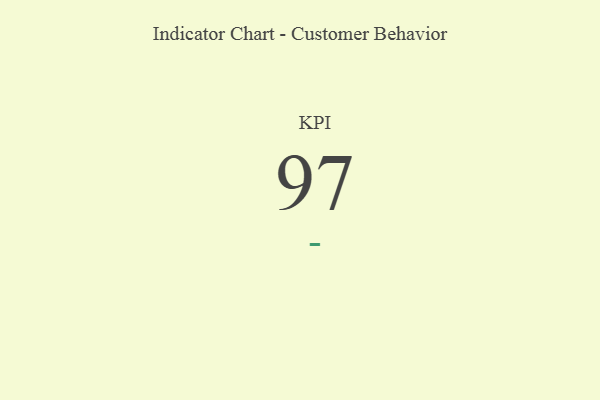
{"axis": {"x": "KPI", "y": "Value"}, "legend": [""], "data": [{"x": "KPI", "y": 97, "type": ""}]}